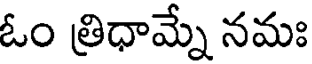
ఓం త్రిధామ్నే నమః